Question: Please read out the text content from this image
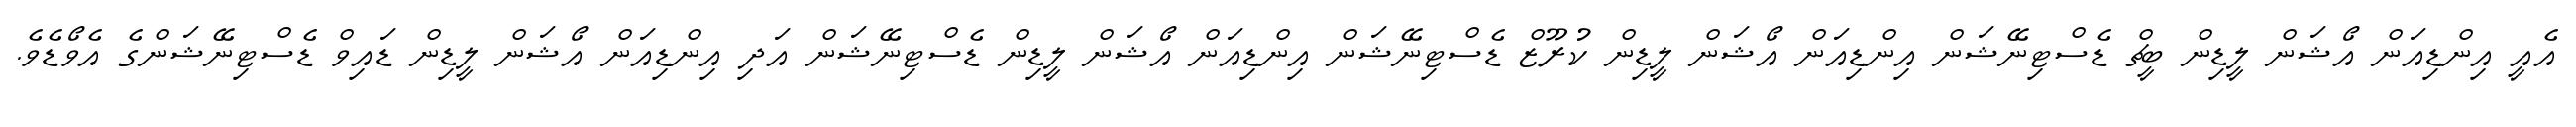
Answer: އެއީ އިންޑިއަން އޯޝަން ލީޑިން ބީޗް ޑެސްޓިނޭޝަން އިންޑިއަން އޯޝަން ލީޑިން ކުރޫޒް ޑެސްޓިނޭޝަން އިންޑިއަން އޯޝަން ލީޑިން ޑެސްޓިނޭޝަން އަދި އިންޑިއަން އޯޝަން ލީޑިން ޑައިވް ޑެސްޓިނޭޝަންގެ އެވޯޑެވެ.